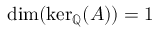
\dim ( \ker _ { \mathbb { Q } } ( A ) ) = 1